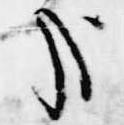
哉